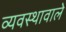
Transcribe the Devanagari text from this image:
व्यवस्थावाले